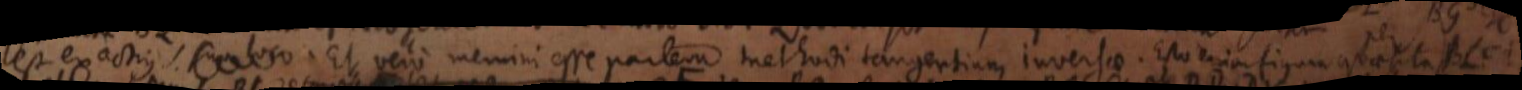
est exactius suo loco. Et vero memini esse partem methodi tangentium inversae. Esto enim figura quaesita LFI